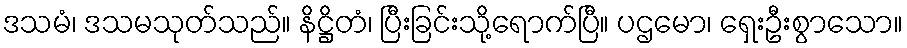
ဒသမံ၊ ဒသမသုတ်သည်။ နိဋ္ဌိတံ၊ ပြီးခြင်းသို့ရောက်ပြီ။ ပဌမော၊ ရှေးဦးစွာသော။